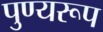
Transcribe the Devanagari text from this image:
पुण्यरूप